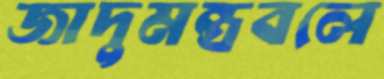
জাদুমন্ত্রবলে